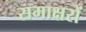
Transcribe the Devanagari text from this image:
समाक्षरों